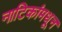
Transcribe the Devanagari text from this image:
नाटिकांमधून